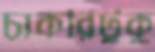
চাকরিটুকু